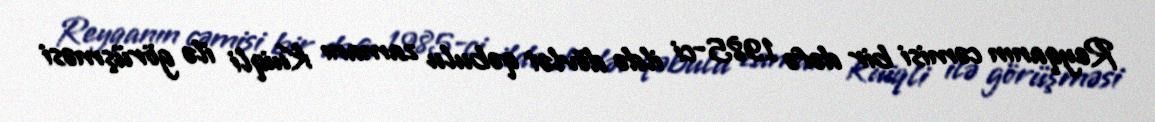
Reyqanın cəmisi bir dəfə 1985-ci ildə dövlət qəbulu zamanı Kuiqli ilə görüşməsi